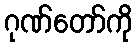
ဂုဏ်တော်ကို